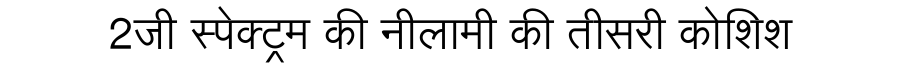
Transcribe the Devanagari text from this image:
2जी स्पेक्ट्रम की नीलामी की तीसरी कोशिश